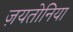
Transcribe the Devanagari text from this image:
ज़यतोनिया